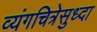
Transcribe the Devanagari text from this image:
व्यंगचित्रेसुध्दा